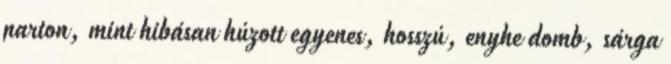
parton, mint hibásan húzott egyenes, hosszú, enyhe domb, sárga